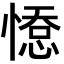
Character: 𢞋